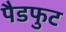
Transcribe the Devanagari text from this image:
पैडफुट